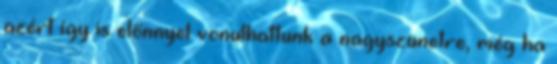
azért így is előnnyel vonulhattunk a nagyszünetre, még ha